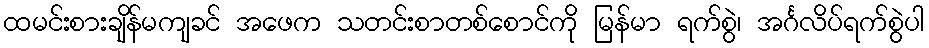
ထမင်းစားချိန်မကျခင် အဖေက သတင်းစာတစ်စောင်ကို မြန်မာ ရက်စွဲ၊ အင်္ဂလိပ်ရက်စွဲပါ